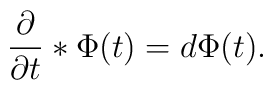
{{\partial}\over{\partial t}}*\Phi(t)=d\Phi(t).